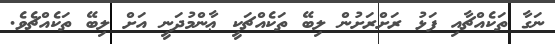
ނަގާ ތަކެއްޗާއި ފަޅު ރަށްރަށުން ލިބޭ ތަކެއްޗަކީ ޢާންމުދަނީ އަށް ލިބޭ ތަކެއްޗެވެ.